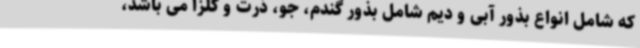
که شامل انواع بذور آبی و دیم شامل بذور گندم، جو، ذرت و کلزا می باشد،